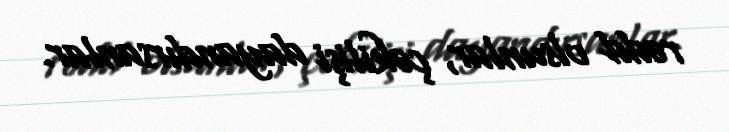
rədd olsunlar, çəkilişi dayandırsanlar.